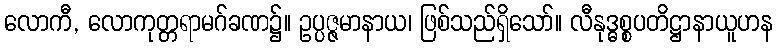
လောကီ, လောကုတ္တရာမဂ်ခဏ၌။ ဥပ္ပဇ္ဇမာနာယ၊ ဖြစ်သည်ရှိသော်။ လီနုဒ္ဓစ္စပတိဋ္ဌာနာယူဟန